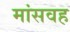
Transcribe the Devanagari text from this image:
मांसवह